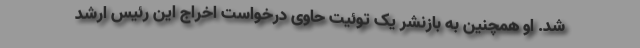
شد. او همچنین به بازنشر یک توئیت حاوی درخواست اخراج این رئیس ارشد